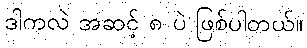
ဒါကလဲ အဆင့် ၈ ပဲ ဖြစ်ပါတယ်။